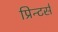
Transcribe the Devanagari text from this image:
प्रिन्टर्स